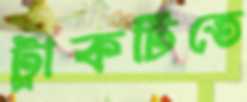
ট্রাকটিতে